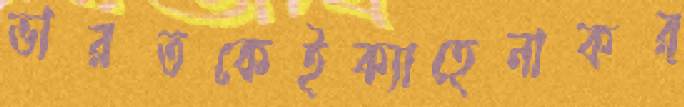
ভারতকেইক্যাহেনাকর্